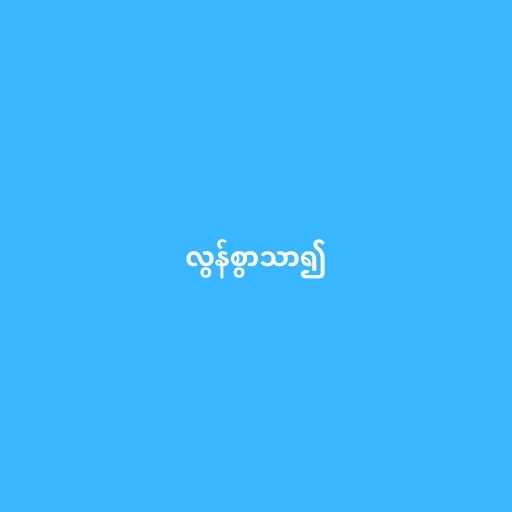
လွန်စွာသာ၍